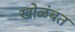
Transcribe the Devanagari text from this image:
खोळंबत